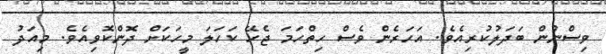
ވިސްނުން ބަދަލުކުރިއެވެ. އަހަރެން ވެސް ހިތްހަމަ ޖެހޭ ކަހަލަ މީހަކަށް ދޮންކޮވިއެވެ. މިއަދު